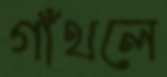
গাঁথলে